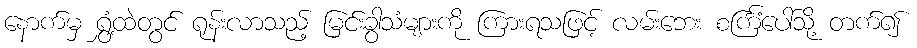
နောက်မှ ရွှံ့ထဲတွင် ရုန်းလာသည့် မြင်းခွာသံများကို ကြားရသဖြင့် လမ်းဘေး စင်္ကြံပေါ်သို့ တက်၍